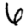
Digit: 6